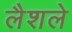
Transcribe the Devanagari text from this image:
लैशले